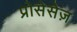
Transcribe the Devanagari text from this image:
प्रोसेसेज़